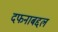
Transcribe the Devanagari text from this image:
दफनाबद्दल